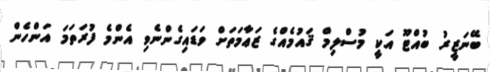
ބޭނަޒީރު ބުއްޓޫ އަކީ މުސްލިމް ޤައުމެއްގެ ޒަޢާމަތަށް ވަޑައިގެންނެވި އެންމެ ފުރަތަމަ އަންހެން